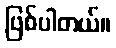
ဖြစ်ပါတယ်။